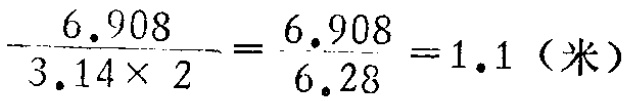
\(\frac{6.908}{3.14\times 2}=\frac{6.908}{6.28}=1.1（米）\)